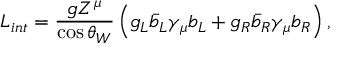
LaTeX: { \cal L } _ { i n t } = { \frac { g Z ^ { \mu } } { \cos \theta _ { W } } } \left( g _ { L } \bar { b } _ { L } \gamma _ { \mu } b _ { L } + g _ { R } \bar { b } _ { R } \gamma _ { \mu } b _ { R } \right) ,